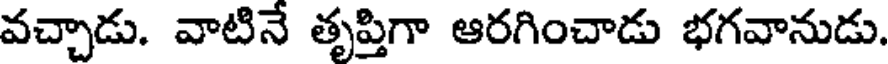
వచ్చాడు. వాటినే తృప్తిగా ఆరగించాడు భగవానుడు.